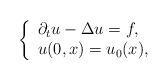
LaTeX: \begin{align*}\left\{\begin{array}{ll}\partial_tu-\Delta u=f,\\ u(0,x)=u_0(x),\end{array}\right.\end{align*}